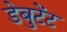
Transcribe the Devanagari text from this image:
डेबुटेंट